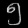
Digit: ၅